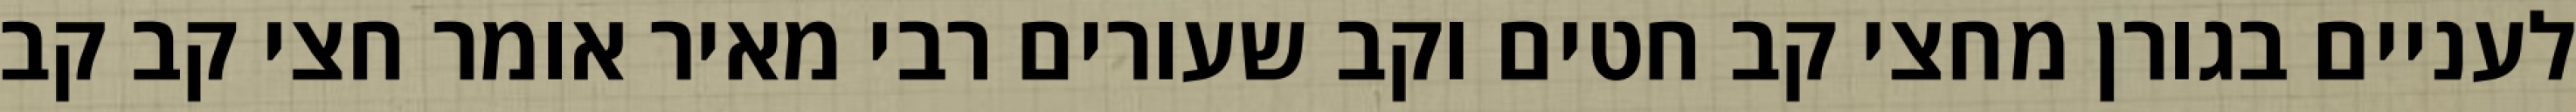
לעניים בגורן מחצי קב חטים וקב שעורים רבי מאיר אומר חצי קב קב